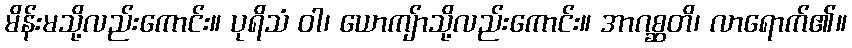
မိန်းမသို့လည်းကောင်း။ ပုရိသံ ဝါ၊ ယောကျ်ာသို့လည်းကောင်း။ အာဂစ္ဆတိ၊ လာရောက်၏။